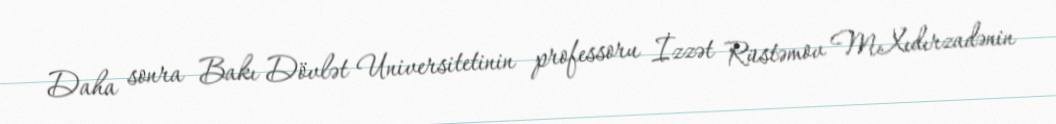
Daha sonra Bakı Dövlət Universitetinin professoru İzzət Rüstəmov M.Xıdırzadənin